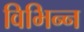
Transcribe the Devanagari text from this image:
विभिन्‍न